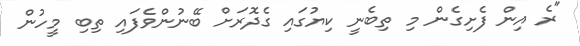
"ރެ އިން ފެށިގެން މި ތިބެނީ ކިޔުގައި ގެދޮރަށް ބޭނުންވެފައި ތިބި މީހުން